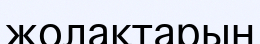
жолақтарын